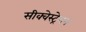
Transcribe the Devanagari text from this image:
सीक्वेस्ट्रेशन